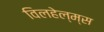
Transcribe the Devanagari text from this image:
विलहेल्म्स